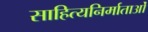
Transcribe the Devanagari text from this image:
साहित्यनिर्माताओं